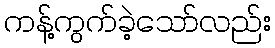
ကန့်ကွက်ခဲ့သော်လည်း